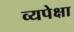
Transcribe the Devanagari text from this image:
व्यपेक्षा